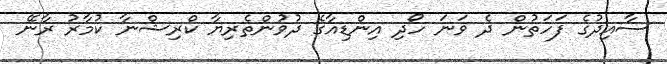
ސާއިދުގެ ފަހަތުން ދެ ވަނަ ހޯދި އިންޑިއާގެ ދުވުންތެރިޔާ ކްރިޝްނާ ކުމާރު ރާނޭ